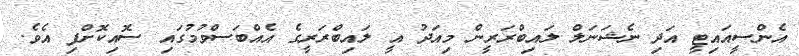
އެންސީއައިޓީ އަދި ނެޝަނަލް ލައިބްރަރީން މިއަދު އީ ލައިބްރަރީގެ އެއްބަސްވުމުގައި ސޮއިކޮށްފި އެވެ.